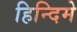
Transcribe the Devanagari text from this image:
हिन्दिमे